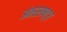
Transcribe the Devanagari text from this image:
अंतरराष्ट्र